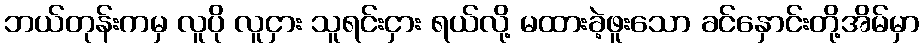
ဘယ်တုန်းကမှ လူပို လူငှား သူရင်းငှား ရယ်လို့ မထားခဲ့ဖူးသော ခင်နှောင်းတို့အိမ်မှာ